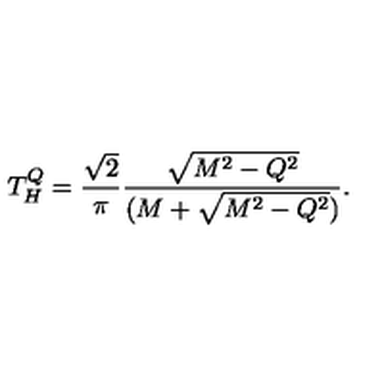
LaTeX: T _ { H } ^ { Q } = { \frac { \sqrt 2 } { \pi } } { \frac { \sqrt { M ^ { 2 } - Q ^ { 2 } } } { ( M + \sqrt { M ^ { 2 } - Q ^ { 2 } } ) } } .